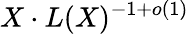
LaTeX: X\cdot L(X)^{-1+o(1)}